Note on the mental hospitals in Burma - 1925-1940
Year: 1925
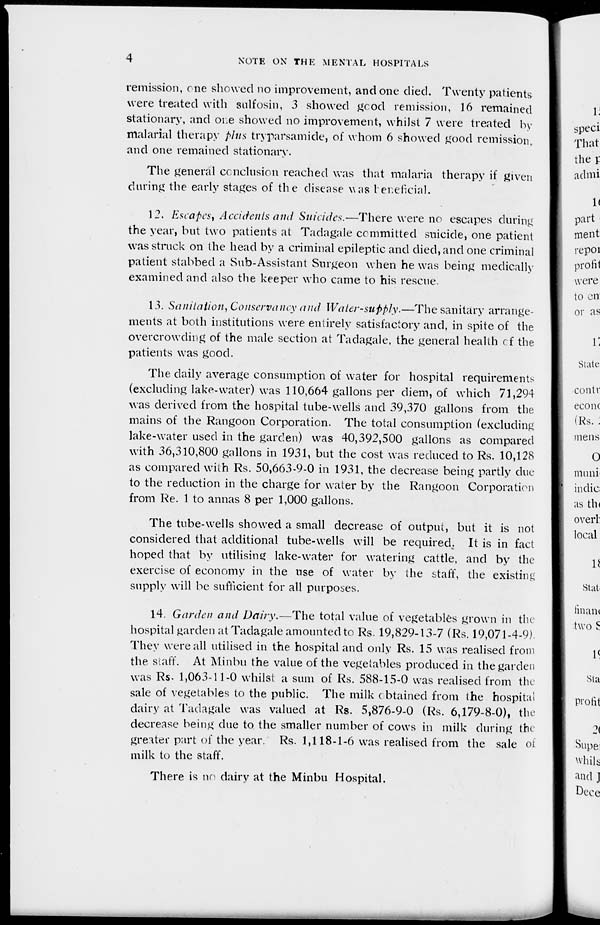
4
NOTE ON THE MENTAL HOSPITALS
remission, one showed no improvement, and one died. Twenty patients
were treated with sulfosin, 3 showed good remission, 16 remained
stationary, and one showed no improvement, whilst 7 were treated by
malarial therapy plus tryparsamide, of whom 6 showed good remission,
and one remained stationary.
The general conclusion reached was that malaria therapy if given
during the early stages of the disease was beneficial.
12. Escapes, Accidents and Suicides.—There were no escapes during
the year, but two patients at Tadagale committed suicide, one patient
was struck on the head by a criminal epileptic and died, and one criminal
patient stabbed a Sub-Assistant Surgeon when he was being medically
examined and also the keeper who came to his rescue.
13. Sanitation, Conservancy and Water-supply.—The sanitary arrange-
ments at both institutions were entirely satisfactory and, in spite of the
overcrowding of the male section at Tadagale, the general health of the
patients was good.
The daily average consumption of water for hospital requirements
(excluding lake-water) was 110,664 gallons per diem, of which 71,294
was derived from the hospital tube-wells and 39,370 gallons from the
mains of the Rangoon Corporation. The total consumption (excluding
lake-water used in the garden) was 40,392,500 gallons as compared
with 36,310,800 gallons in 1931, but the cost was reduced to Rs. 10,128
as compared with Rs. 50,663-9-0 in 1931, the decrease being partly due
to the reduction in the charge for water by the Rangoon Corporation
from Re. 1 to annas 8 per 1,000 gallons.
The tube-wells showed a small decrease of output, but it is not
considered that additional tube-wells will be required.. It is in fact
hoped that by utilising lake-water for watering cattle, and by the
exercise of economy in the use of water by the staff, the existing
supply will be sufficient for all purposes.
14. Garden and Dairy.—The total value of vegetables grown in the
hospital garden at Tadagale amounted to Rs. 19,829-13-7 (Rs. 19,071-4-9).
They were all utilised in the hospital and only Rs. 15 was realised from
the staff. At Minbu the value of the vegetables produced in the garden
was Rs. 1,063-11-0 whilst a sum of Rs. 588-15-0 was realised from the
sale of vegetables to the public. The milk obtained from the hospital
dairy at Tadagale was valued at Rs. 5,876-9-0 (Rs. 6,179-8-0), the
decrease being due to the smaller number of cows in milk during the
greater part of the year. Rs. 1,118-1-6 was realised from the sale of
milk to the staff.
There is no dairy at the Minbu Hospital.